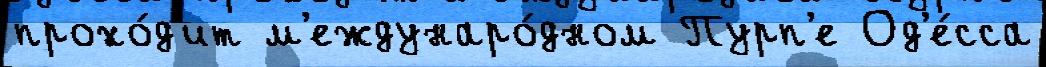
прохо́д'ит м'еждунаро́дном Пурп'е Од'е́сса